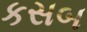
કસબ